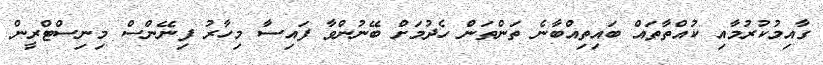
ގާއިމުކުރުމާއި ކުއްތާތައް ބައިތިއްބާނެ ތަންތަން ހެދުމަށް ބޭނުންވާ ފައިސާ މިހާރު ފިނޭންސް މިނިސްޓްރީން